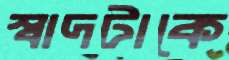
স্বাদটাকে